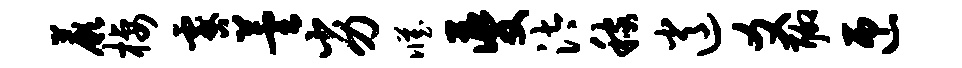
蕨栖咎芸劣臧夔汰稼逍爻聊匝